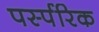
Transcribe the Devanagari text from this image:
पर्स्परिक